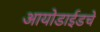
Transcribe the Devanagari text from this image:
आयोडाईडचे